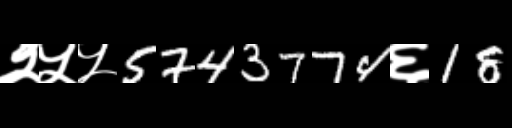
Text: २५५5743774६18